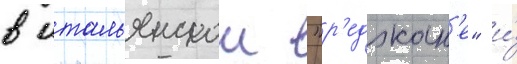
в итальянскои "р'еджан'е" и́